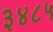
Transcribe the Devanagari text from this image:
३४८५